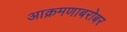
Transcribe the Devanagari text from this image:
आक्रमणाबरोबर